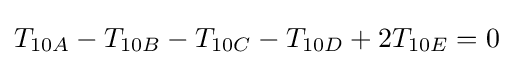
T_{10A}-T_{10B}-T_{10C}-T_{10D}+2T_{10E}=0